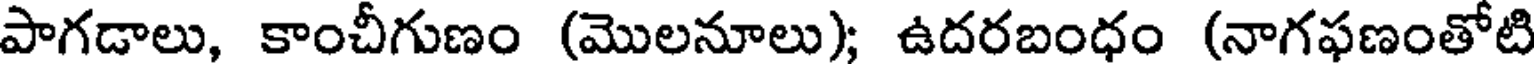
పాగడాలు, కాంచీగుణం (మొలనూలు); ఉదరబంధం (నాగఫణంతోటి